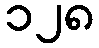
၁၂၈